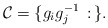
\begin{align*}\mathcal{C} = \{g_ig_j^{-1}\,:\,\}.\end{align*}